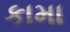
કામા